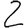
Digit: 2